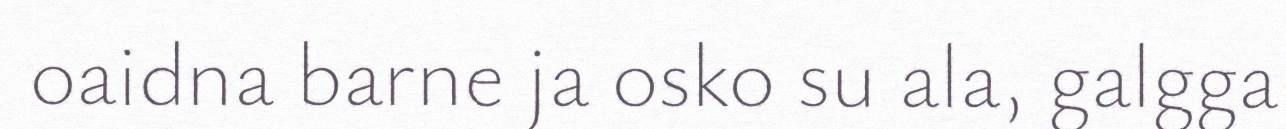
oaidna barne ja osko su ala, galgga